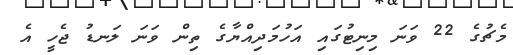
މެޗުގެ 22 ވަނަ މިނިޓުގައި އަހުމަދިއްޔާގެ ތިން ވަނަ ލަނޑު ޖެހީ އެ